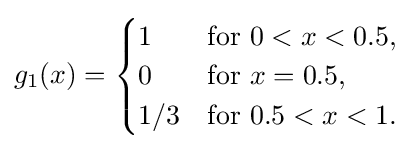
g_{1}(x)={\begin{cases}1&{\text{for }}0<x<0.5,\\0&{\text{for }}x=0.5,\\1/3&{\text{for }}0.5<x<1.\end{cases}}